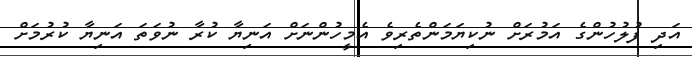
އަދި ފުލުހުންގެ އަމުރަށް ނުކިޔަމަންތެރިވެ އެމީހުންނަށް އަނިޔާ ކުރާ ނުވަތަ އަނިޔާ ކުރުމަށް